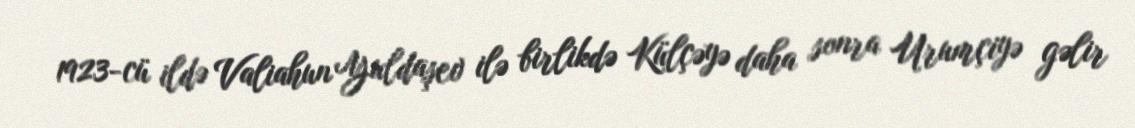
1923-cü ildə Valiahun Yuldaşev ilə birlikdə Külçəyə daha sonra Urumçiyə gəlir